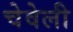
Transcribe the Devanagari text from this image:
चेवेली